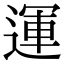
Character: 運